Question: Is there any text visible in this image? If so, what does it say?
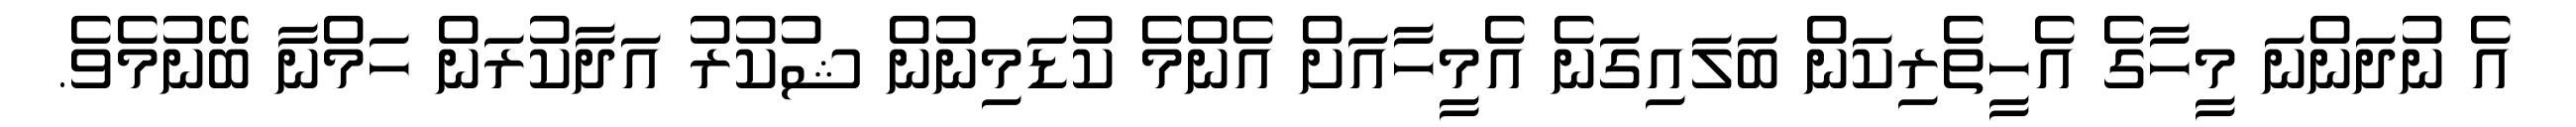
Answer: އެ ނުދަންނަ މީހާގެ އެހީތެރިކަން ބަލައިގަނެ އެމީހާއަށް އެންމެ ކުޑަމިނުން ޝުކުރު އަދާކުރަން ހަމްނާ ބޭނުމެވެ.